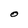
Character: O